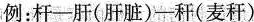
例：杆—肝（肝脏）—秆（麦秆）